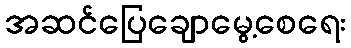
အဆင်ပြေချောမွေ့စေရေး